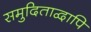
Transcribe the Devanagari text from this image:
समुदिताद्वापि